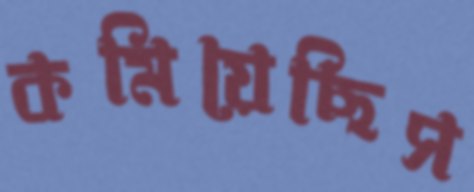
কমিয়েছিস